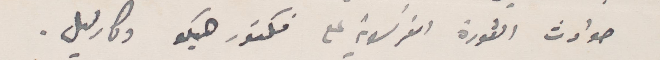
حوادث الثورة الفرنسوية على فيكتور هوغو ومارتيل.